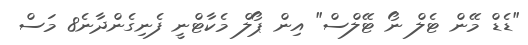
"ޑެޑް މޭން ޓެލް ނޯ ޓޭލްސް" އިން ޕޯލް މެކާޓްނީ ފެނިގެންދާނެ8 މަސް